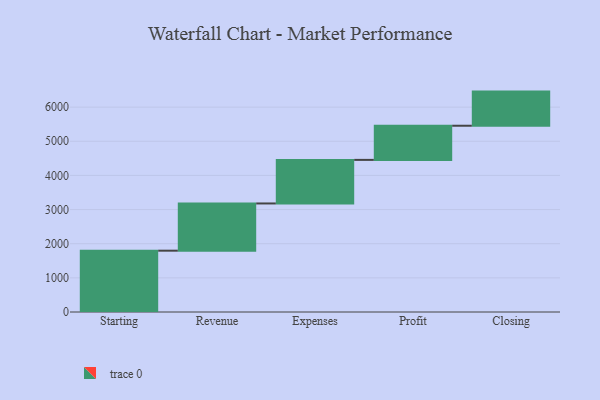
{"axis": {"x": "Step", "y": "Value"}, "legend": [""], "data": [{"x": "Starting", "y": 1796.0, "type": ""}, {"x": "Revenue", "y": 1383.0, "type": ""}, {"x": "Expenses", "y": 1276.0, "type": ""}, {"x": "Profit", "y": 1000, "type": ""}, {"x": "Closing", "y": 1000, "type": ""}]}